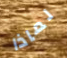
لماذا